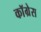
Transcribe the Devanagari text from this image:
काॅग्रेेस